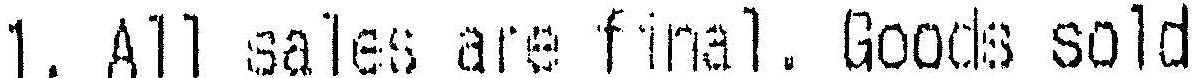
1. ALL SALES ARE FINAL. GOODS SOLD